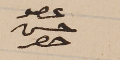
عضو حسن حصِر